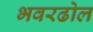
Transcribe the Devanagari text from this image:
भवरढोल